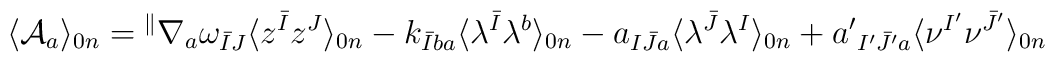
\langle{\cal A}_a\rangle_{0n}={}^\parallel\nabla_a\omega_{\bar IJ}\langle z^{\bar I}z^J\rangle_{0n}-k_{\bar Iba}\langle \lambda^{\bar I}\lambda^b\rangle_{0n}-a_{I\bar Ja}\langle \lambda^{\bar J}\lambda^I\rangle_{0n}+a'{}_{I'\bar J'a}\langle \nu^{I'}\nu^{\bar J'}\rangle_{0n}